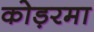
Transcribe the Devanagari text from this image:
कोड़रमा